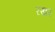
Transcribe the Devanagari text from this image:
रखर